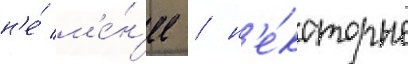
н'е́ м'е́н'ее / н'е́которые